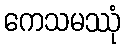
ကေသမဿုံ